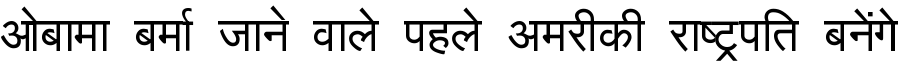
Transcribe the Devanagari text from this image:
ओबामा बर्मा जाने वाले पहले अमरीकी राष्ट्रपति बनेंगे